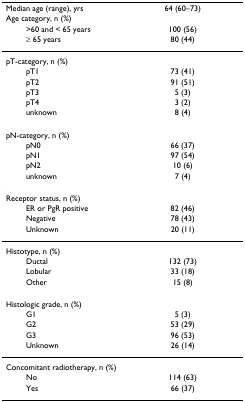
<table><thead><tr><td><b>Median age (range), yrs</b></td><td><b>64 (60–73)</b></td></tr><tr><td><b>Age category, n (%)</b></td><td></td></tr><tr><td><b>&gt;60 and &lt; 65 years</b></td><td><b>100 (56)</b></td></tr><tr><td><b>≥ 65 years</b></td><td><b>80 (44)</b></td></tr></thead><tbody><tr><td>pT-category, n (%)</td><td></td></tr><tr><td>pT1</td><td>73 (41)</td></tr><tr><td>pT2</td><td>91 (51)</td></tr><tr><td>pT3</td><td>5 (3)</td></tr><tr><td>pT4</td><td>3 (2)</td></tr><tr><td>unknown</td><td>8 (4)</td></tr><tr><td>pN-category, n (%)</td><td></td></tr><tr><td>pN0</td><td>66 (37)</td></tr><tr><td>pN1</td><td>97 (54)</td></tr><tr><td>pN2</td><td>10 (6)</td></tr><tr><td>unknown</td><td>7 (4)</td></tr><tr><td>Receptor status, n (%)</td><td></td></tr><tr><td>ER or PgR positive</td><td>82 (46)</td></tr><tr><td>Negative</td><td>78 (43)</td></tr><tr><td>Unknown</td><td>20 (11)</td></tr><tr><td>Histotype, n (%)</td><td></td></tr><tr><td>Ductal</td><td>132 (73)</td></tr><tr><td>Lobular</td><td>33 (18)</td></tr><tr><td>Other</td><td>15 (8)</td></tr><tr><td>Histologic grade, n (%)</td><td></td></tr><tr><td>G1</td><td>5 (3)</td></tr><tr><td>G2</td><td>53 (29)</td></tr><tr><td>G3</td><td>96 (53)</td></tr><tr><td>Unknown</td><td>26 (14)</td></tr><tr><td>Concomitant radiotherapy, n (%)</td><td></td></tr><tr><td>No</td><td>114 (63)</td></tr><tr><td>Yes</td><td>66 (37)</td></tr></tbody></table>